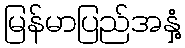
မြန်မာပြည်အနှံ့